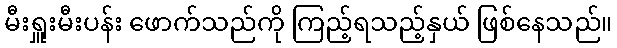
မီးရှူးမီးပန်း ဖောက်သည်ကို ကြည့်ရသည့်နှယ် ဖြစ်နေသည်။